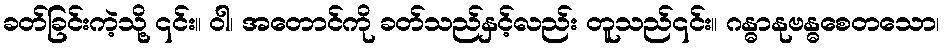
ခတ်ခြင်းကဲ့သို့ ၎င်း။ ဝါ၊ အတောင်ကို ခတ်သည်နှင့်လည်း တူသည်၎င်း။ ဂန္ဓာနုဗန္ဓစေတသော၊